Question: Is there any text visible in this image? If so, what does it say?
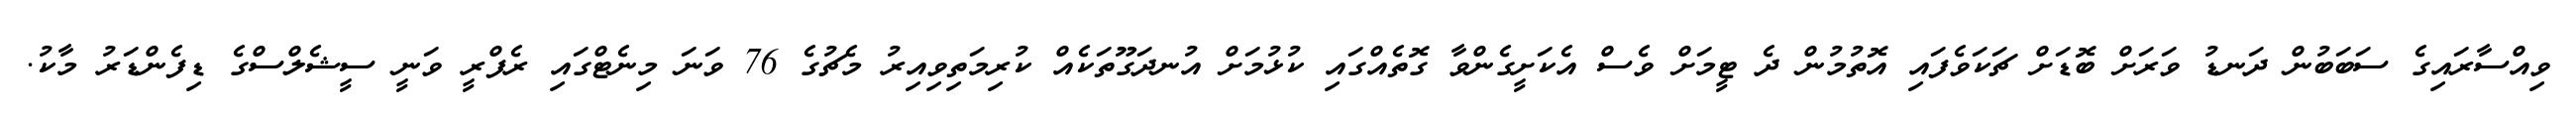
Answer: ވިއްސާރައިގެ ސަބަބުން ދަނޑު ވަރަށް ބޮޑަށް ޗަކަވެފައި އޮތުމުން ދެ ޓީމަށް ވެސް އެކަށީގެންވާ ގޮތެއްގައި ކުޅުމަށް އުނދަގޫތަކެއް ކުރިމަތިވިއިރު މެޗުގެ 76 ވަނަ މިނެޓްގައި ރެފްރީ ވަނީ ސީޝެލްސްގެ ޑިފެންޑަރު މާކު.